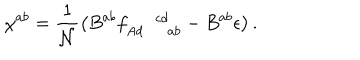
LaTeX: \chi ^ { a b } = \frac { 1 } { \mathcal { N } } \left( B ^ { a b } f _ { A d \, \, \, \, \, \, \, \, a b } ^ { \, \, \, \, \, \, \, \, \, c d } - B ^ { a b } \epsilon \right) .